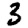
Digit: 3